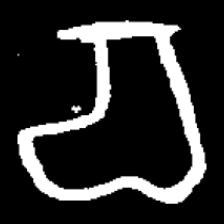
Pyu character \u2014 Myanmar letter: စ (romanized: ca)